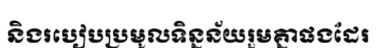
និងរបៀបប្រមូលទិន្នន័យរួមគ្នាផងដែរ